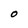
Character: O